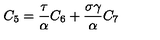
C _ { 5 } = \frac \tau \alpha C _ { 6 } + \frac { \sigma \gamma } \alpha C _ { 7 }